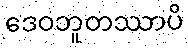
ဒေဝဘူတဿာပိ